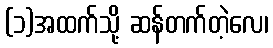
(၁)အထက်သို့ ဆန်တက်တဲ့လေ၊